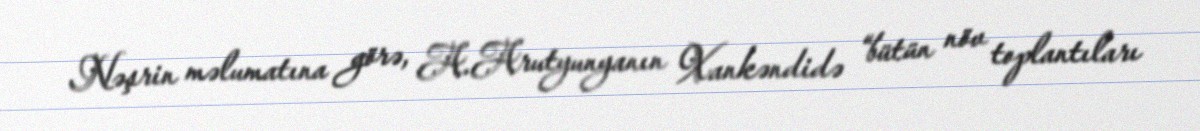
Nəşrin məlumatına görə, A.Arutyunyanın Xankəndidə “bütün növ toplantıları